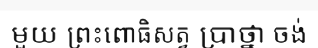
មួយ ព្រះពោធិសត្វ ប្រាថ្នា ចង់